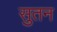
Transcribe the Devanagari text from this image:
सुतन